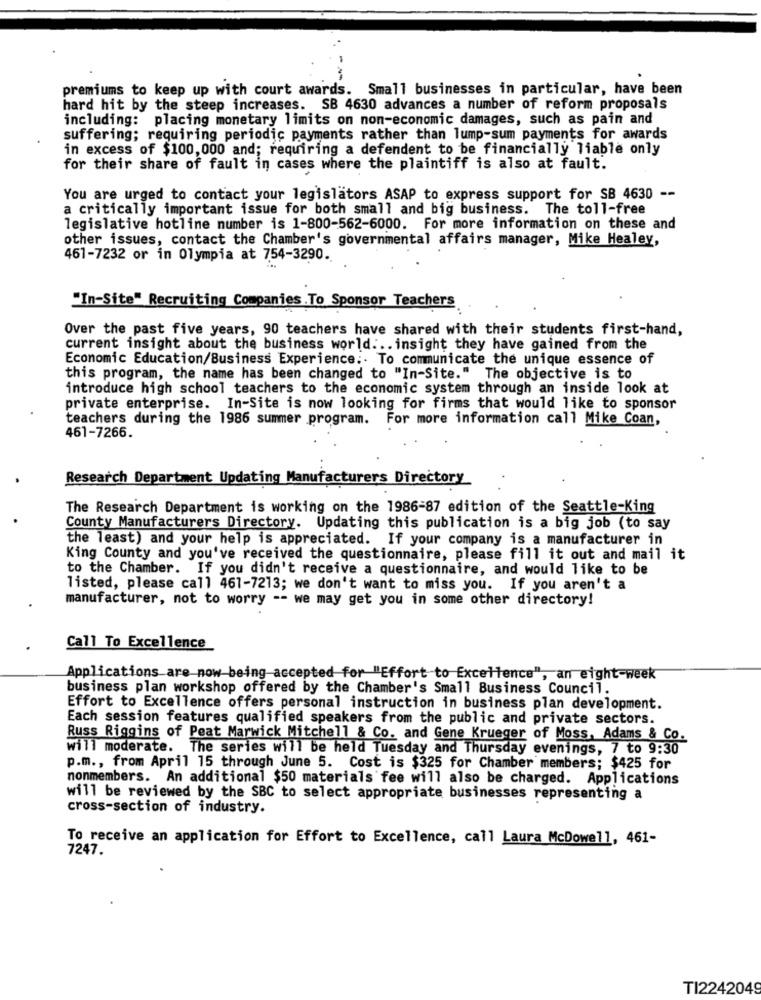
premiums to keep up with court awards. Small businesses in particular, have been
hard hit by the steep increases. SB 4630 advances a number of reform proposals
including: placing monetary limits on non-economic damages, such as pain and
suffering; requiring periodic payments rather than lump-sum payments for awards
in excess of $100,000 and; requiring a defendent to be financially liable only
for their share of fault in cases where the plaintiff is also at fault.
You are urged to contact your legislators ASAP to express support for SB 4630 --
a critically important issue for both small and big business. The toll-free
legislative hotline number is 1-800-562-6000. For more information on these and
other issues, contact the Chamber's governmental affairs manager, Mike Healey,
461-7232 or in Olympia at 754-3290.
"In-Site" Recruiting Companies .To Sponsor Teachers
Over the past five years, 90 teachers have shared with their students first-hand,
current insight about the business world ... insight they have gained from the
Economic Education/Business Experience .. To communicate the unique essence of
this program, the name has been changed to "In-Site." The objective is to
introduce high school teachers to the economic system through an inside look at
private enterprise. In-Site is now looking for firms that would like to sponsor
teachers during the 1986 summer program. For more information call Mike Coan,
461-7266.
Research Department Updating Manufacturers Directory
The Research Department is working on the 1986-87 edition of the Seattle-King
County Manufacturers Directory. Updating this publication is a big job (to say
the least) and your help is appreciated. If your company is a manufacturer in
King County and you've received the questionnaire, please fill it out and mail it
to the Chamber. If you didn't receive a questionnaire, and would like to be
listed, please call 461-7213; we don't want to miss you. If you aren't a
manufacturer, not to worry -- we may get you in some other directory!
Call To Excellence
Applications are now being accepted for "Effort to Excellence", an eight-week
business plan workshop offered by the Chamber's Small Business Council.
Effort to Excellence offers personal instruction in business plan development.
Each session features qualified speakers from the public and private sectors.
Russ Riggins of Peat Marwick Mitchell & Co. and Gene Krueger of Moss, Adams & Co.
will moderate. The series will be held Tuesday and Thursday evenings, 7 to 9:30
p.m ., from April 15 through June 5. Cost is $325 for Chamber members; $425 for
nonmembers. An additional $50 materials fee will also be charged. Applications
will be reviewed by the SBC to select appropriate businesses representing a
cross-section of industry.
To receive an application for Effort to Excellence, call Laura McDowell, 461-
7247.
TI2242049